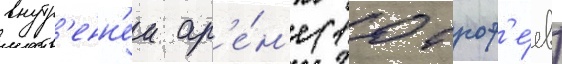
внутр'енн'еи ар'е́н'е (10 троф'е́ев)